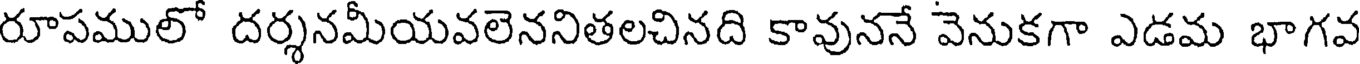
రూపములో దర్శనమీయవలెననితలచినది కావుననే వెనుకగా ఎడమ భాగవ